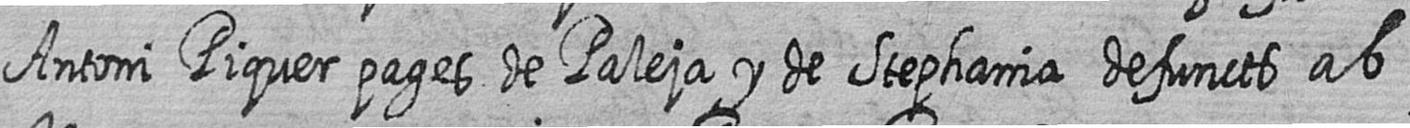
Antoni Piquer pages de Paleja y de Stephania defuncts ab